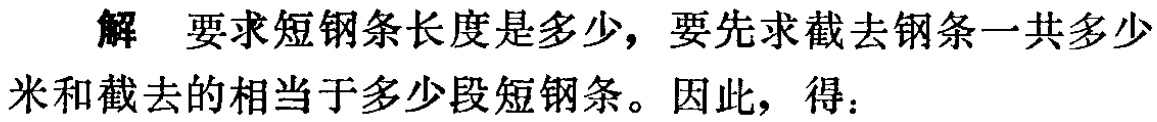
解 要求短钢条长度是多少，要先求截去钢条一共多少米和截去的相当于多少段短钢条。因此，得：